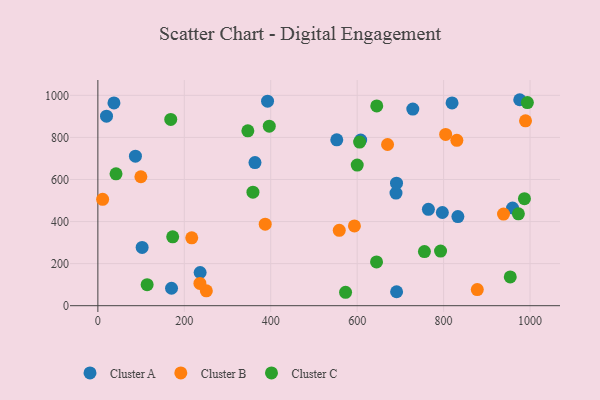
{"axis": {"x": "Study Hours", "y": "Sales"}, "legend": ["Cluster A", "Cluster B", "Cluster C"], "data": [{"x": "102.4", "y": 277.2, "type": "Cluster A"}, {"x": "833.0", "y": 423.7, "type": "Cluster A"}, {"x": "37.2", "y": 963.7, "type": "Cluster A"}, {"x": "976.1", "y": 979.1, "type": "Cluster A"}, {"x": "689.8", "y": 535.5, "type": "Cluster A"}, {"x": "764.8", "y": 458.0, "type": "Cluster A"}, {"x": "20.0", "y": 900.7, "type": "Cluster A"}, {"x": "86.9", "y": 710.8, "type": "Cluster A"}, {"x": "392.6", "y": 972.3, "type": "Cluster A"}, {"x": "170.4", "y": 82.9, "type": "Cluster A"}, {"x": "819.5", "y": 964.0, "type": "Cluster A"}, {"x": "691.2", "y": 66.3, "type": "Cluster A"}, {"x": "691.0", "y": 582.5, "type": "Cluster A"}, {"x": "236.6", "y": 157.7, "type": "Cluster A"}, {"x": "552.8", "y": 788.3, "type": "Cluster A"}, {"x": "797.1", "y": 443.1, "type": "Cluster A"}, {"x": "728.7", "y": 934.8, "type": "Cluster A"}, {"x": "959.5", "y": 464.4, "type": "Cluster A"}, {"x": "608.1", "y": 787.1, "type": "Cluster A"}, {"x": "363.5", "y": 680.5, "type": "Cluster A"}, {"x": "938.6", "y": 435.7, "type": "Cluster B"}, {"x": "11.0", "y": 505.8, "type": "Cluster B"}, {"x": "877.9", "y": 76.6, "type": "Cluster B"}, {"x": "251.0", "y": 70.9, "type": "Cluster B"}, {"x": "387.2", "y": 387.5, "type": "Cluster B"}, {"x": "558.5", "y": 358.2, "type": "Cluster B"}, {"x": "804.7", "y": 814.2, "type": "Cluster B"}, {"x": "236.1", "y": 105.8, "type": "Cluster B"}, {"x": "99.5", "y": 613.0, "type": "Cluster B"}, {"x": "989.5", "y": 878.8, "type": "Cluster B"}, {"x": "217.2", "y": 322.6, "type": "Cluster B"}, {"x": "593.6", "y": 379.0, "type": "Cluster B"}, {"x": "670.3", "y": 766.3, "type": "Cluster B"}, {"x": "830.6", "y": 786.0, "type": "Cluster B"}, {"x": "173.1", "y": 327.3, "type": "Cluster C"}, {"x": "645.3", "y": 949.6, "type": "Cluster C"}, {"x": "792.9", "y": 259.6, "type": "Cluster C"}, {"x": "42.0", "y": 626.8, "type": "Cluster C"}, {"x": "600.1", "y": 668.5, "type": "Cluster C"}, {"x": "987.0", "y": 508.7, "type": "Cluster C"}, {"x": "993.8", "y": 965.6, "type": "Cluster C"}, {"x": "347.0", "y": 831.2, "type": "Cluster C"}, {"x": "605.6", "y": 778.0, "type": "Cluster C"}, {"x": "396.6", "y": 853.4, "type": "Cluster C"}, {"x": "973.0", "y": 436.5, "type": "Cluster C"}, {"x": "573.1", "y": 63.8, "type": "Cluster C"}, {"x": "168.6", "y": 885.5, "type": "Cluster C"}, {"x": "358.8", "y": 539.5, "type": "Cluster C"}, {"x": "644.8", "y": 208.0, "type": "Cluster C"}, {"x": "954.2", "y": 136.8, "type": "Cluster C"}, {"x": "755.6", "y": 257.1, "type": "Cluster C"}, {"x": "114.0", "y": 99.7, "type": "Cluster C"}]}